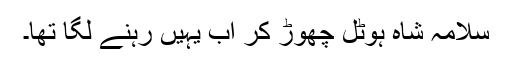
سلامہ شاہ ہوٹل چھوڑ کر اب یہیں رہنے لگا تھا۔